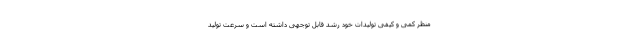
منظر کمی و کیفی تولیدات خود رشد قابل توجهی داشته است و سرعت تولید